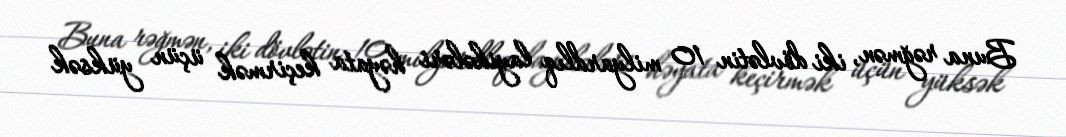
Buna rəğmən, iki dövlətin 10 milyardlıq layihələri həyata keçirmək üçün yüksək